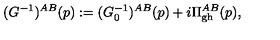
( G ^ { - 1 } ) ^ { A B } ( p ) : = ( G _ { 0 } ^ { - 1 } ) ^ { A B } ( p ) + i \Pi _ { \mathrm { g h } } ^ { A B } ( p ) ,